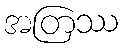
အတြဿ